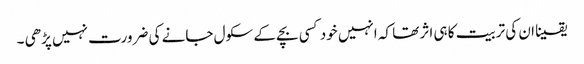
یقینا ان کی تربیت کا ہی اثر تھا کہ انہیں خود کسی بچے کے سکول جانے کی ضرورت نہیں پڑھی ۔